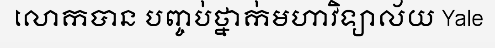
លោកបាន បញ្ចប់ថ្នាក់មហាវិទ្យាល័យ Yale